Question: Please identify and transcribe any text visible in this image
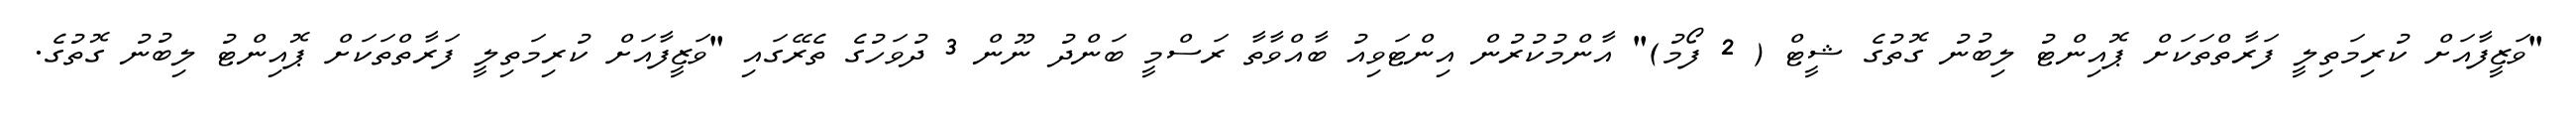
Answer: "ވަޒީފާއަށް ކުރިމަތިލީ ފަރާތްތަކަށް ޕޮއިންޓު ލިބުނު ގޮތުގެ ޝީޓް ( 2 ފޯމު)" އާންމުކުރުން އިންޓަވިއު ބާއްވާތާ ރަސްމީ ބަންދު ނޫން 3 ދުވަހުގެ ތެރޭގައި "ވަޒީފާއަށް ކުރިމަތިލީ ފަރާތްތަކަށް ޕޮއިންޓު ލިބުނު ގޮތުގެ.